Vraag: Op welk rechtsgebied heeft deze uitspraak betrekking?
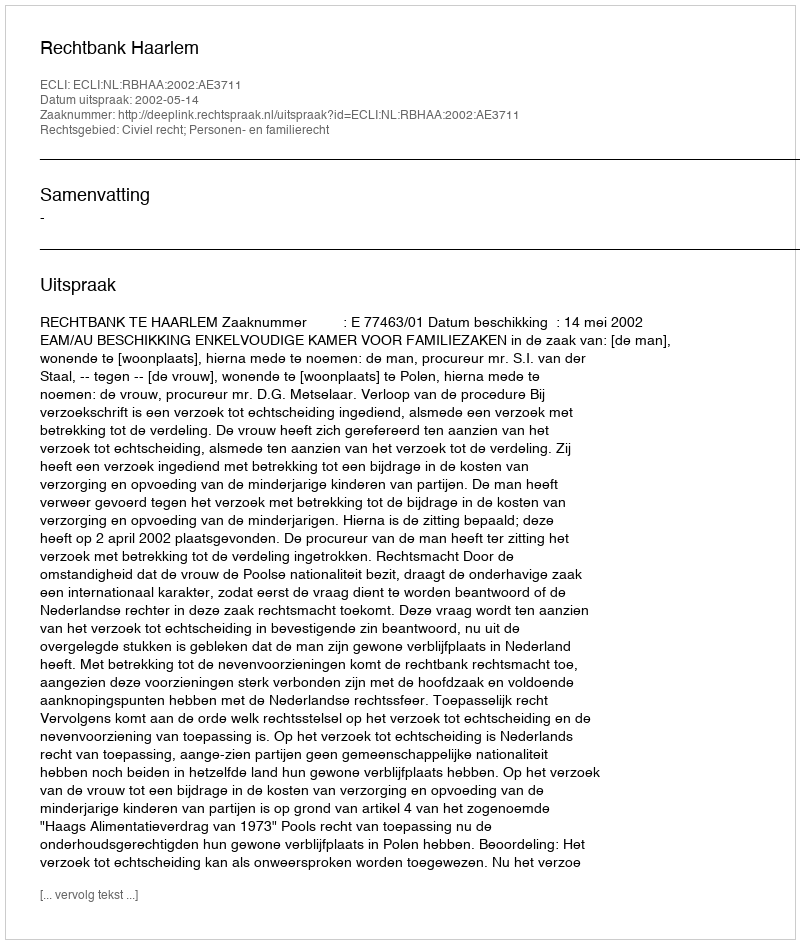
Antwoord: Civiel recht; Personen- en familierecht